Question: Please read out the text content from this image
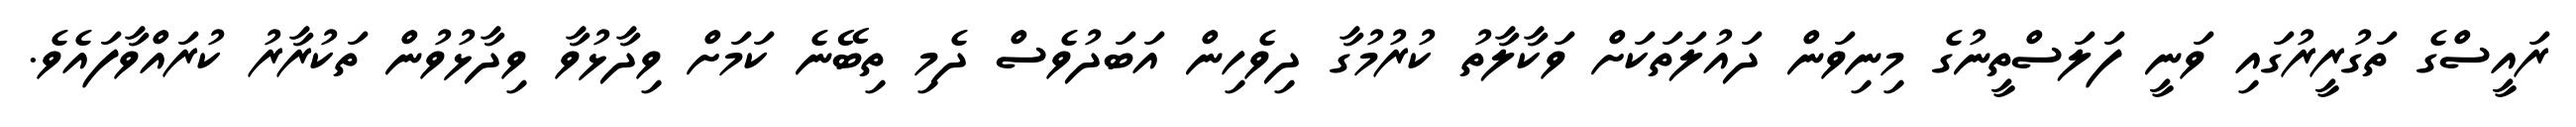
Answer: ރައީސްގެ ތަގުރީރުގައި ވަނީ ފަލަސްތީނުގެ މިނިވަން ދައުލަތަކަށް ވަކާލާތު ކުރުމުގާ ދިވެހިން އަބަދުވެސް ދެމި ތިބޭނެ ކަމަށް ވިދާޅުވާ ވިދާޅުވުން ތަކުރާރު ކުރައްވާފައެވެ.